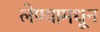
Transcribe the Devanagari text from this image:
लेण्यामधून